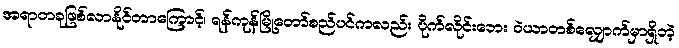
အရာတခုဖြစ်လာနိုင်တာကြောင့်၊ ရန်ကုန်မြို့တော်စည်ပင်ကလည်း ပိုက်လိုင်းဘေး ဝဲယာတစ်လျှောက်မှာရှိတဲ့